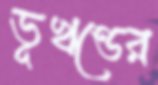
ভূখণ্ডের